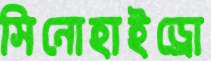
সিনোহাইড্রো